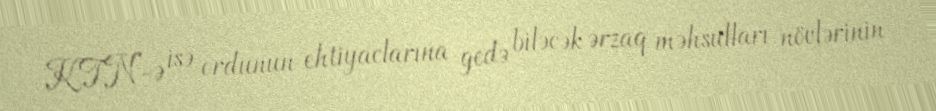
KTN-ə isə ordunun ehtiyaclarına gedə biləcək ərzaq məhsulları növlərinin